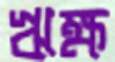
ঋক্ষ